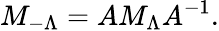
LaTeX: M_{-\Lambda}=AM_{\Lambda}A^{-1}.